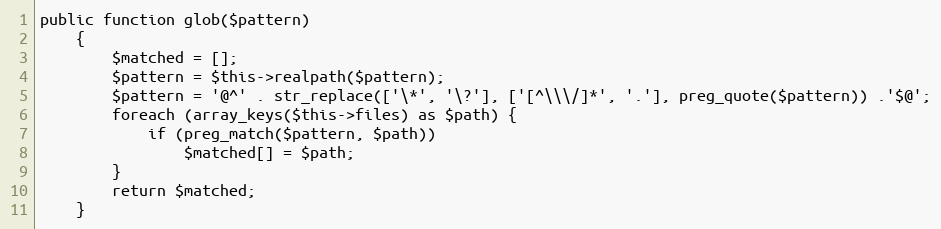
Language: PHP
public function glob($pattern)
    {
        $matched = [];
        $pattern = $this->realpath($pattern);
        $pattern = '@^' . str_replace(['\*', '\?'], ['[^\\\/]*', '.'], preg_quote($pattern)) .'$@';
        foreach (array_keys($this->files) as $path) {
            if (preg_match($pattern, $path))
                $matched[] = $path;
        }
        return $matched;
    }